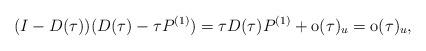
LaTeX: \begin{align*}(I-D(\tau))(D(\tau)-\tau P^{(1)})=\tau D(\tau)P^{(1)}+\mathrm{o}(\tau)_u=\mathrm{o}(\tau)_u,\end{align*}